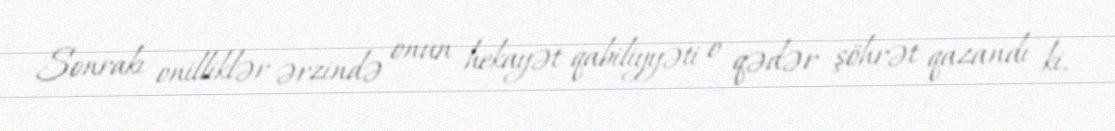
Sonrakı onilliklər ərzində onun hekayət qabiliyyəti o qədər şöhrət qazandı ki,